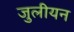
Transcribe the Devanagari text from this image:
जुलीयन